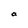
Character: a